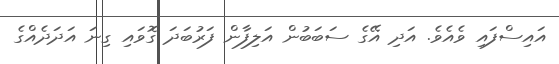
އައިސްފައި ވެއެވެ. އަދި އޭގެ ސަބަބުން އަލިފާން ފަރުބަދަ ގޮވައި ގިނަ އަދަދެއްގެ